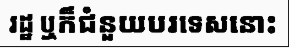
រដ្ឋ ឬក៏ជំនួយបរទេសនោះ